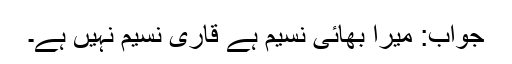
جواب: میرا بھائی نسیم ہے قاری نسیم نہیں ہے۔